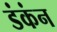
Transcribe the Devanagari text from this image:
डंकंन